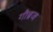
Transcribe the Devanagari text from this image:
गौब्रज